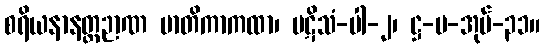
စရိယနာနတ္ထဉာဏ မာတိကာကထာ၊ ပဋိသံ-ပါ-၂၊ ဋ္ဌ-ပ-အုပ်-၃၁။